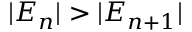
\vert E _ { n } \vert > \vert E _ { n + 1 } \vert